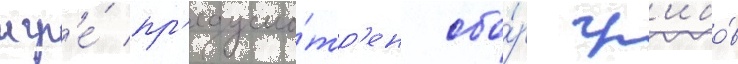
игр'е́ пр'едусмо́тр'ен сбо́р гр'ибо́в